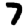
Digit: 7